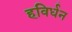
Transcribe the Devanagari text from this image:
हविर्धन